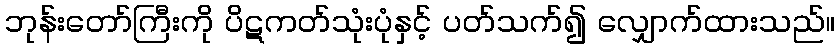
ဘုန်းတော်ကြီးကို ပိဋကတ်သုံးပုံနှင့် ပတ်သက်၍ လျှောက်ထားသည်။